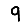
Digit: 9